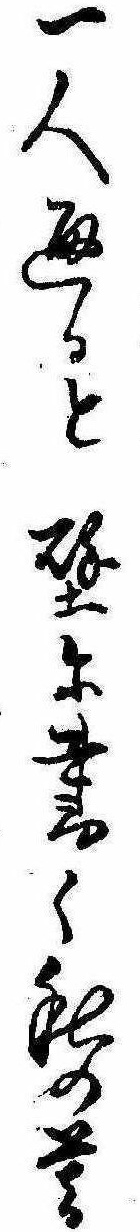
一人通ると壁に書く秋の暮